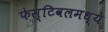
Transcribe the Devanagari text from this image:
फेस्टिवलमध्ये